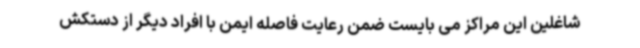
شاغلین این مراکز می بایست ضمن رعایت فاصله ایمن با افراد دیگر از دستکش